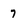
Character: 7